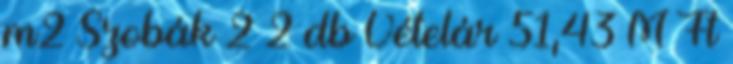
m2 Szobák 2 2 db Vételár 51,43 M Ft